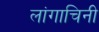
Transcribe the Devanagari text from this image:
लांगाचिनी